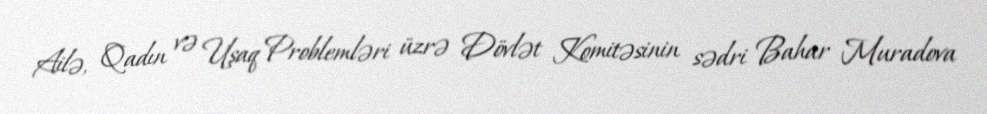
Ailə, Qadın və Uşaq Problemləri üzrə Dövlət Komitəsinin sədri Bahar Muradova